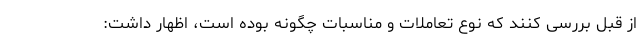
از قبل بررسی کنند که نوع تعاملات و مناسبات چگونه بوده است، اظهار داشت: